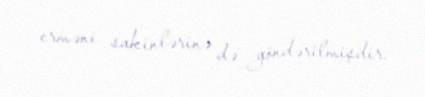
erməni sakinlərinə də göndərilmişdir.